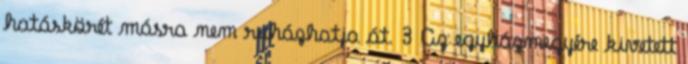
hatáskörét másra nem ruházhatja át. 3 Az egyházmegyére kivetett